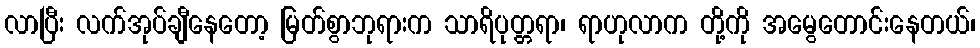
လာပြီး လက်အုပ်ချီနေတော့ မြတ်စွာဘုရားက သာရိပုတ္တရာ၊ ရာဟုလာက တို့ကို အမွေတောင်းနေတယ်၊